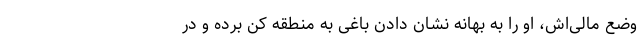
وضع مالی‌اش‌، او را به بهانه نشان دادن باغی به منطقه کن برده و در